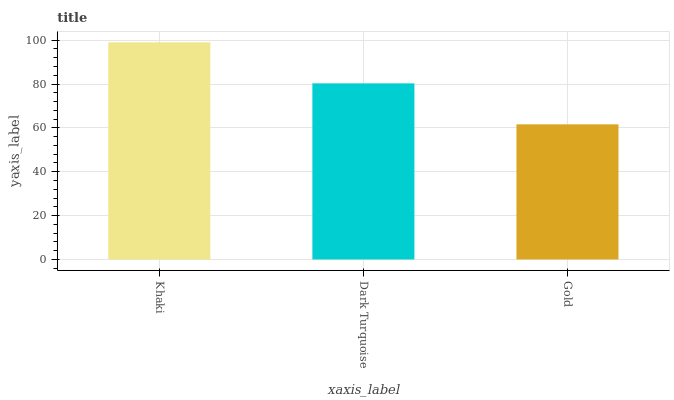
| xaxis_label | bars |
 | --- | --- |
 | Khaki | 99 |
 | Dark Turquoise | 80.3 |
 | Gold | 61.6 |